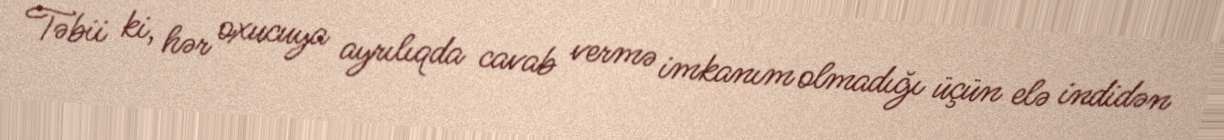
Təbii ki, hər oxucuya ayrılıqda cavab vermə imkanım olmadığı üçün elə indidən